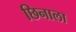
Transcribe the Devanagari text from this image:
छिनाला